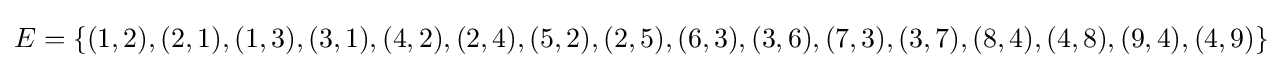
E=\{(1,2),(2,1),(1,3),(3,1),(4,2),(2,4),(5,2),(2,5),(6,3),(3,6),(7,3),(3,7),(8,4),(4,8),(9,4),(4,9)\}